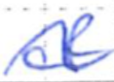
Text: of
Cross-out: wave
Writing tool: ballpoint